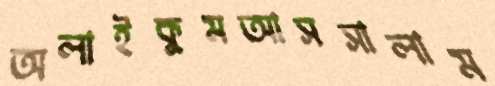
অলাইকুমআসসালাম